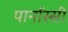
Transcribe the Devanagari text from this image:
पार्नास्सी